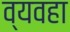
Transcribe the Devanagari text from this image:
व्यवहा